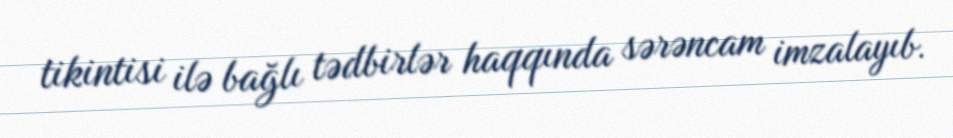
tikintisi ilə bağlı tədbirlər haqqında sərəncam imzalayıb.